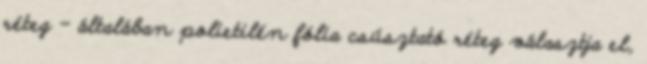
réteg – általában polietilén fólia csúsztató réteg választja el,